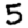
Digit: 5